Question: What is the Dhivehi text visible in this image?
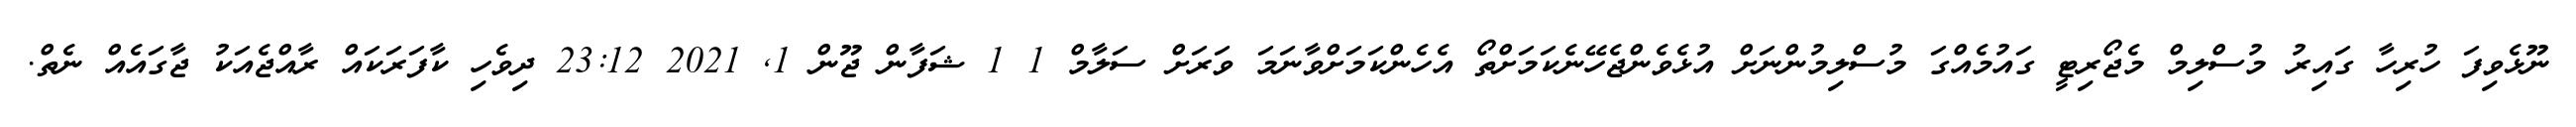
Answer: ނޫޅެވިފަ ހުރިހާ ގައިރު މުސްލިމް މެޖޯރިޓީ ގައުމެއްގަ މުސްލިމުންނަށް އުޅެވެންޖެހޭނެކަމަށްތޯ އެހެންކަމަށްވާނަމަ ވަރަށް ސަލާމް 1 1 ޝަފާން ޖޫން 1, 2021 23:12 ދިވެހި ކާފަރަކައް ރާއްޖެއަކު ޖާގައެއް ނެތް.